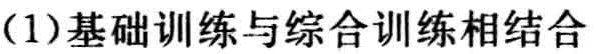
(1)基础训练与综合训练相结合